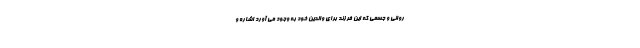
روانی و جسمی که این فرزند برای والدین خود به وجود می آورد اشاره و